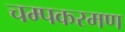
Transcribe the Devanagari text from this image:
चम्पकरमण